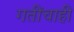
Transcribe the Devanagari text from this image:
गतींचाही